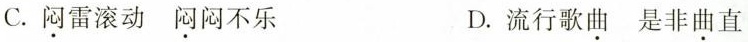
C .闷雷滚动 闷闷不乐 D. 流行歌曲 是非曲直